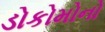
ડોકોમોનો